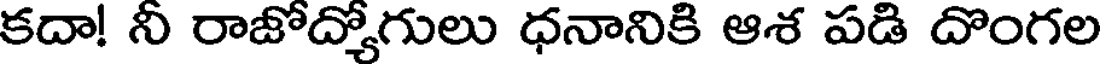
కదా! నీ రాజోద్యోగులు ధనానికి ఆశ పడి దొంగల